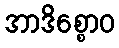
အာဒိစ္စောဝ